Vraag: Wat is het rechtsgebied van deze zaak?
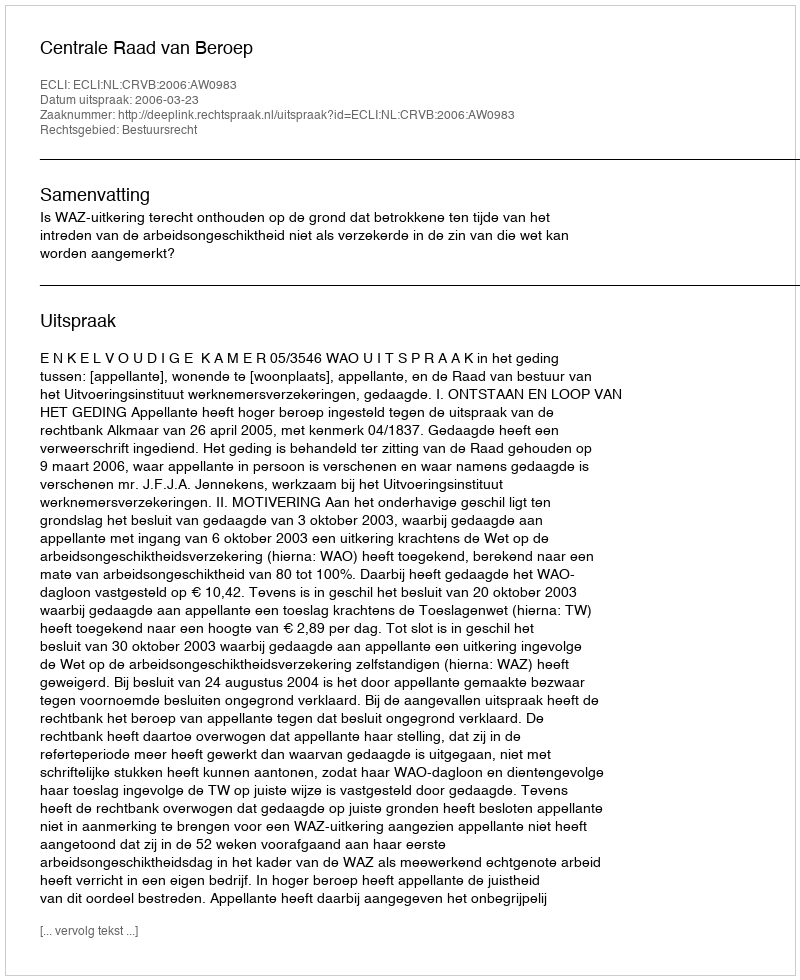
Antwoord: Bestuursrecht